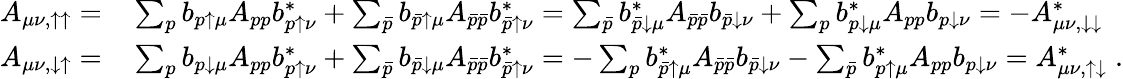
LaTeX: \begin{array}{rl}{A_{\mu\nu,\uparrow\uparrow}=}&{{}\sum_{p}b_{p\uparrow\mu}A_{pp}b_{p\uparrow\nu}^{*}+\sum_{\bar{p}}b_{\bar{p}\uparrow\mu}A_{\bar{p}\bar{p}}b_{\bar{p}\uparrow\nu}^{*}=\sum_{\bar{p}}b_{\bar{p}\downarrow\mu}^{*}A_{\bar{p}\bar{p}}b_{\bar{p}\downarrow\nu}+\sum_{p}b_{p\downarrow\mu}^{*}A_{pp}b_{p\downarrow\nu}=-A_{\mu\nu,\downarrow\downarrow}^{*}}\\ {A_{\mu\nu,\downarrow\uparrow}=}&{{}\sum_{p}b_{p\downarrow\mu}A_{pp}b_{p\uparrow\nu}^{*}+\sum_{\bar{p}}b_{\bar{p}\downarrow\mu}A_{\bar{p}\bar{p}}b_{\bar{p}\uparrow\nu}^{*}=-\sum_{p}b_{\bar{p}\uparrow\mu}^{*}A_{\bar{p}\bar{p}}b_{\bar{p}\downarrow\nu}-\sum_{\bar{p}}b_{p\uparrow\mu}^{*}A_{pp}b_{p\downarrow\nu}=A_{\mu\nu,\uparrow\downarrow}^{*}\; .}\end{array}